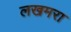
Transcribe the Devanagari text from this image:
लखमरा